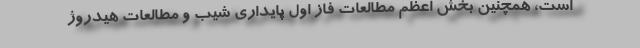
است، همچنین بخش اعظم مطالعات فاز اول پایداری شیب و مطالعات هیدروژ